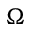
\Omega